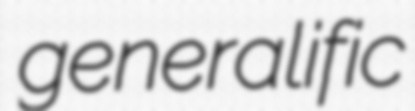
generalific